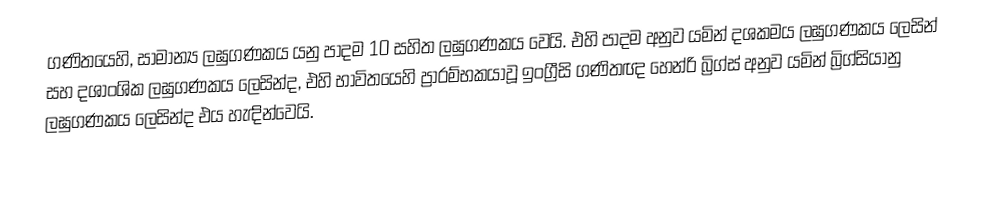
ගණිතයෙහි, සාමාන්‍ය ලඝුගණකය යනු පාදම 10 සහිත ලඝුගණකය වෙයි. එහි පාදම අනුව යමින්  දශකමය ලඝුගණකය  ලෙසින් සහ දශාංශික ලඝුගණකය ලෙසින්ද, එහි භාවිතයෙහි ප්‍රාරම්භකයාවූ ඉංග්‍රීසි ගණිතඥ  හෙන්රි බ්‍රිග්ස් අනුව යමින් බ්‍රිග්සියානු ලඝුගණකය ලෙසින්ද එය හැඳින්වෙයි.